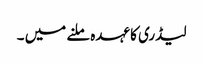
لیڈری کا عہدہ ملنے میں ۔